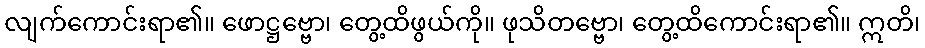
လျက်ကောင်းရာ၏။ ဖောဋ္ဌဗ္ဗော၊ တွေ့ထိဖွယ်ကို။ ဖုသိတဗ္ဗော၊ တွေ့ထိကောင်းရာ၏။ ဣတိ၊